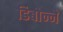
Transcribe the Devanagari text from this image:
डिबोन्ने